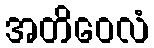
အတိဝေလံ